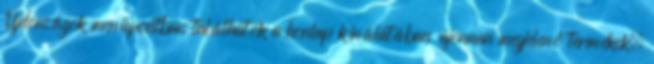
Újdonságok menüpontban találhatók a honlap kínálatában újonnan megjelenő termékek.